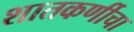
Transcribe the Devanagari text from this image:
शातकर्णीचा